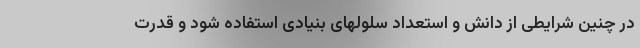
در چنین شرایطی از دانش و استعداد سلولهای بنیادی استفاده شود و قدرت